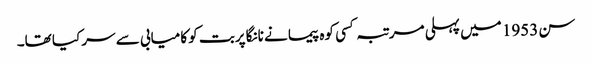
سن 1953 میں پہلی مرتبہ کسی کوہ پیما نے نانگا پربت کو کامیابی سے سر کیا تھا۔